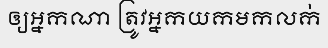
ឲ្យអ្នកណា ត្រូវអ្នកយកមកលក់